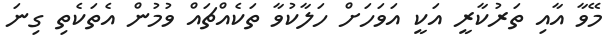
މޭވާ އާއި ތަރުކާރީ އަކީ އަވަހަށް ހަލާކުވާ ތަކެއްޗައް ވުމުން އެތަކެތި ގިނަ